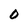
Character: O